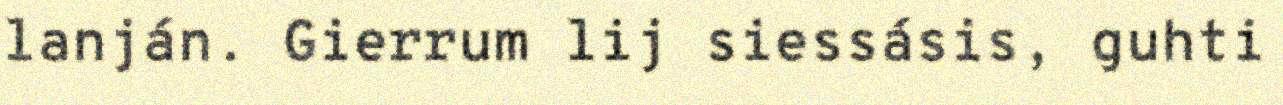
lanján. Gierrum lij siessásis, guhti